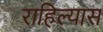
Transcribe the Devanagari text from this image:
राहिल्‍यास